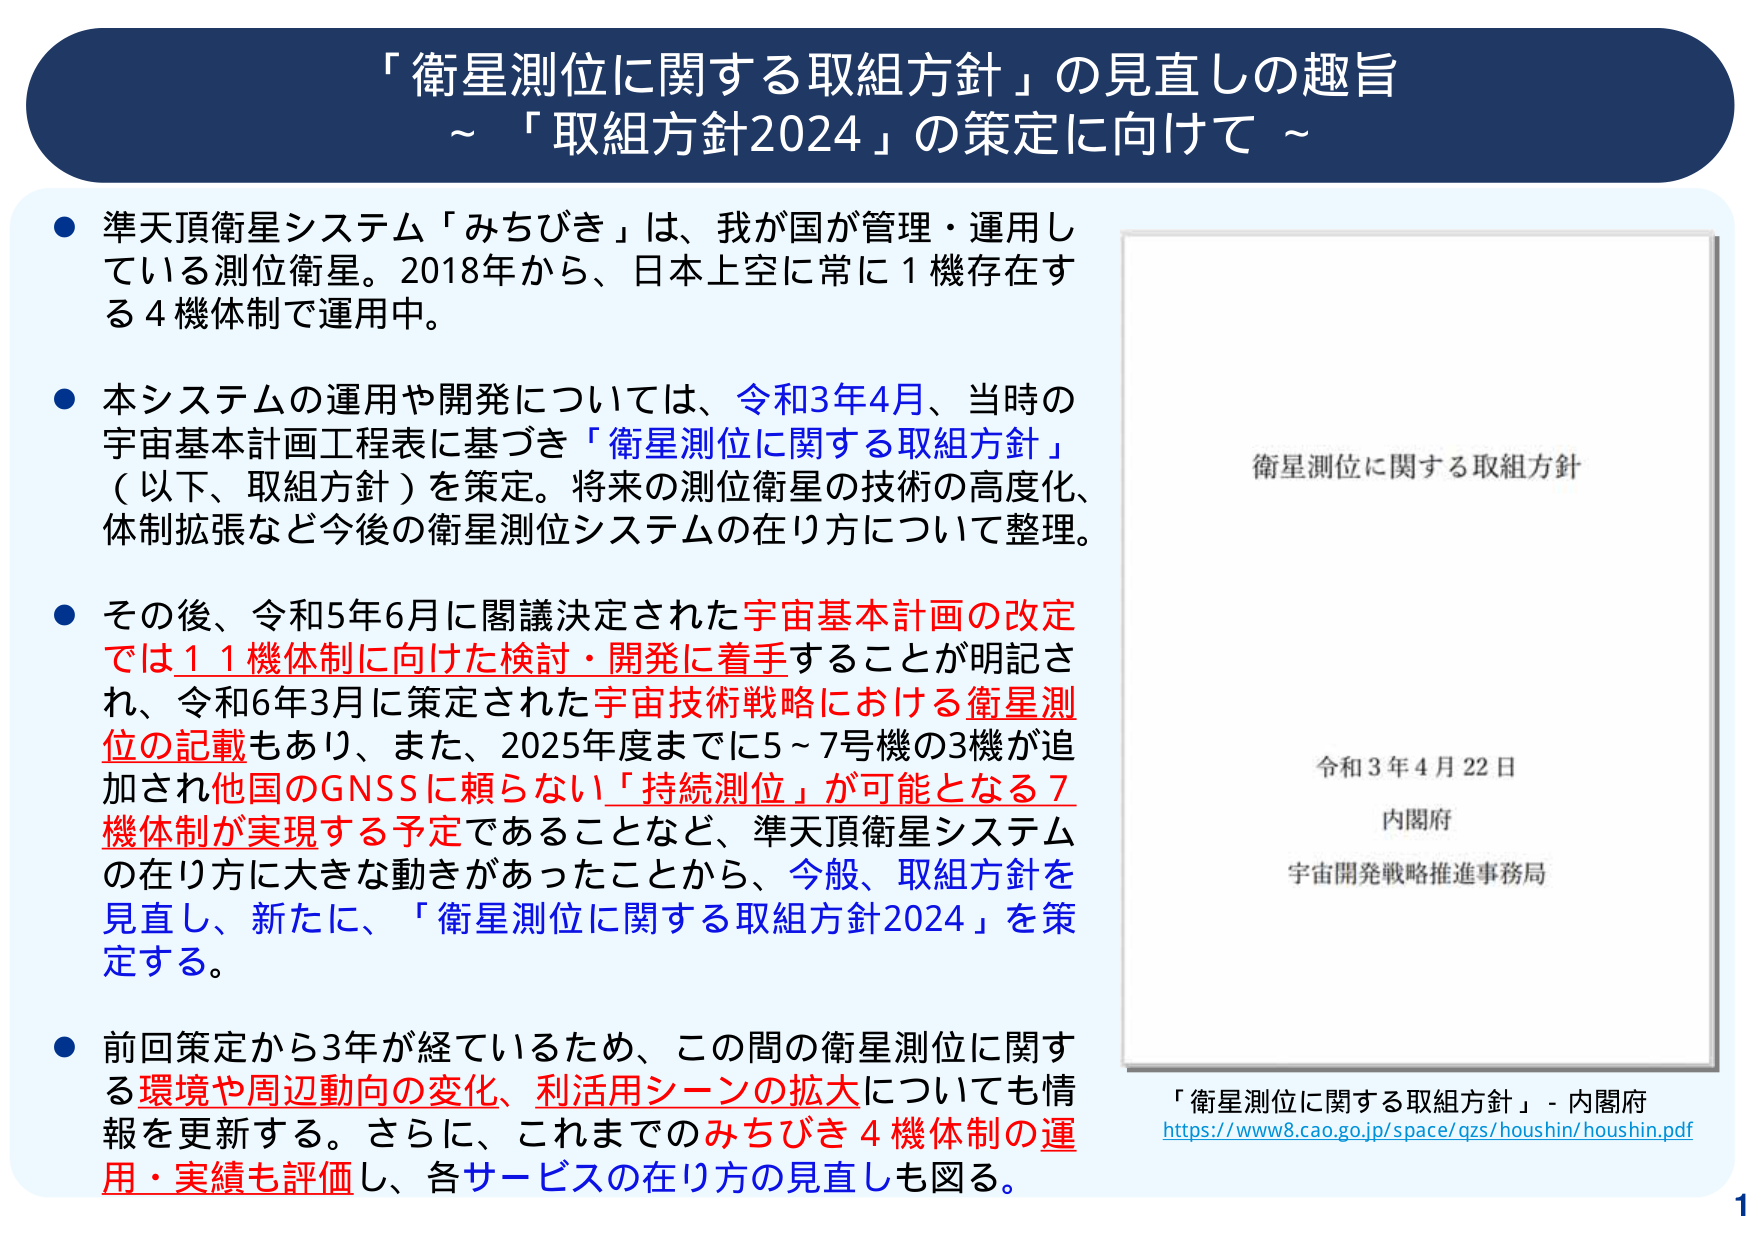
「衛星測位に関する取組方針」の見直しの趣旨
～「取組方針2024」の策定に向けて～

● 準天頂衛星システム「みちびき」は、我が国が管理・運用している測位衛星。2018年から、日本上空に常に1機存在する4機体制で運用中。

● 本システムの運用や開発については、令和3年4月、当時の宇宙基本計画工程表に基づき「衛星測位に関する取組方針」（以下、取組方針）を策定。将来の測位衛星の技術の高度化、体制拡張など今後の衛星測位システムの在り方について整理。

● その後、令和5年6月に閣議決定された宇宙基本計画の改定では11機体制に向けた検討・開発に着手することが明記され、令和6年3月に策定された宇宙技術戦略における衛星測位の記載もあり、また、2025年度までに5～7号機の3機が追加され他国のGNSSに頼らない「持続測位」が可能となる7機体制が実現する予定であることなど、準天頂衛星システムの在り方に大きな動きがあったことから、今般、取組方針を見直し、新たに、「衛星測位に関する取組方針2024」を策定する。

● 前回策定から3年が経ているため、この間の衛星測位に関する環境や周辺動向の変化、利活用シーンの拡大についても情報を更新する。さらに、これまでのみちびき4機体制の運用・実績も評価し、各サービスの在り方の見直しも図る。

衛星測位に関する取組方針
令和3年4月22日
内閣府
宇宙開発戦略推進事務局

「衛星測位に関する取組方針」- 内閣府
https://www8.cao.go.jp/space/qzs/houshin/houshin.pdf

1